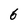
Character: 6